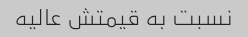
نسبت به قیمتش عالیه